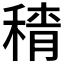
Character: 𱶕